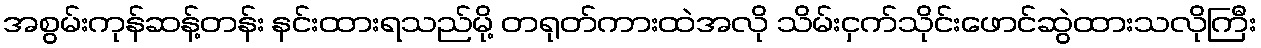
အစွမ်းကုန်ဆန့်တန်း နင်းထားရသည်မို့ တရုတ်ကားထဲအလို သိမ်းငှက်သိုင်းဖောင်ဆွဲထားသလိုကြီး